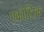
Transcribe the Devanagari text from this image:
एकोस्टिक